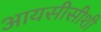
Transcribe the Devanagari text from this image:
आयसीसीशी